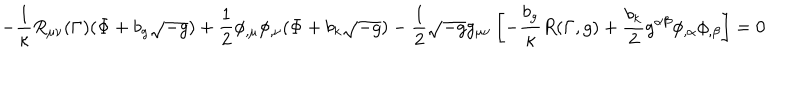
- \frac { 1 } { \kappa } R _ { \mu \nu } ( \Gamma ) ( \Phi + b _ { g } \sqrt { - g } ) + \frac { 1 } { 2 } \phi _ { , \mu } \phi _ { , \nu } ( \Phi + b _ { k } \sqrt { - g } ) - \frac { 1 } { 2 } \sqrt { - g } g _ { \mu \nu } \left[ - \frac { b _ { g } } { \kappa } R ( \Gamma , g ) + \frac { b _ { k } } { 2 } g ^ { \alpha \beta } \phi _ { , \alpha } \phi _ { , \beta } \right] = 0